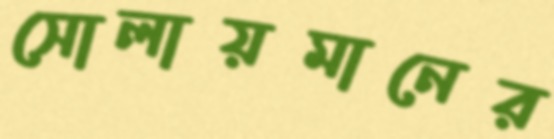
সোলায়মানের